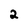
Character: 2